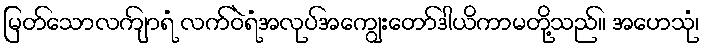
မြတ်သောလကျ်ာရံ လက်ဝဲရံအလုပ်အကျွေးတော်ဒါယိကာမတို့သည်။ အဟေသုံ၊